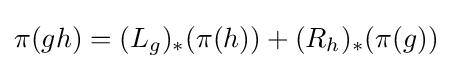
\pi (gh)=(L_{g})_{*}(\pi (h))+(R_{h})_{*}(\pi (g))